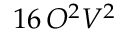
1 6 \, O ^ { 2 } V ^ { 2 }